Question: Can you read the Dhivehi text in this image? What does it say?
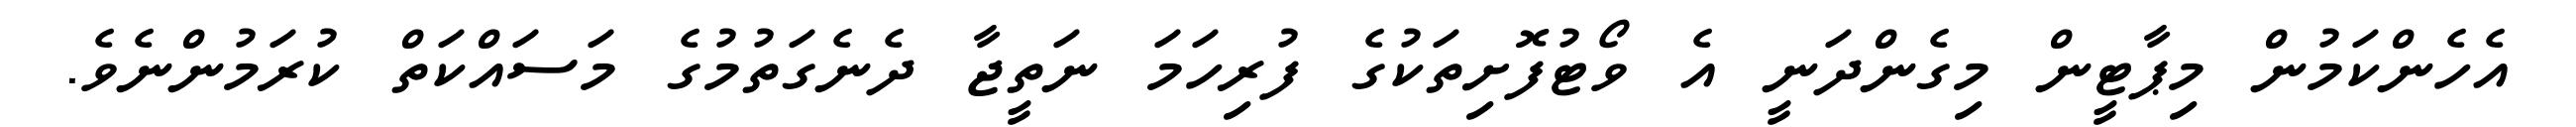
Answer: އެހެންކަމުން މިޕާޓީން މިގެންދަނީ އެ ވޯޓުފޮށިތަކުގެ ފުރިހަމަ ނަތީޖާ ދެނެގަތުމުގެ މަސައްކަތް ކުރަމުންނެވެ.